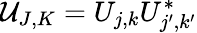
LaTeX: \mathcal{U}_{J,K}=U_{j,k}U_{j^{\prime},k^{\prime}}^{*}